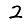
Digit: 2